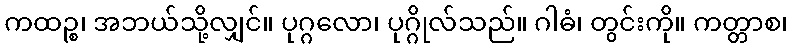
ကထဉ္စ၊ အဘယ်သို့လျှင်။ ပုဂ္ဂလော၊ ပုဂ္ဂိုလ်သည်။ ဂါဓံ၊ တွင်းကို။ ကတ္တာစ၊